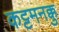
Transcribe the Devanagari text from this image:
कट्टमनक्कु